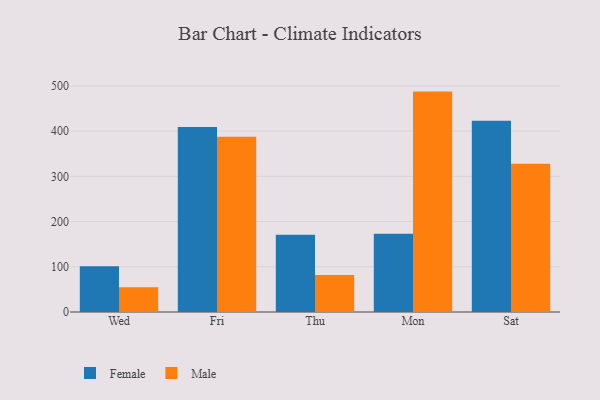
{"axis": {"x": "Day", "y": "Production Output"}, "legend": ["Female", "Male"], "data": [{"x": "Wed", "y": 100.9, "type": "Female"}, {"x": "Wed", "y": 54.6, "type": "Male"}, {"x": "Fri", "y": 409.0, "type": "Female"}, {"x": "Fri", "y": 387.7, "type": "Male"}, {"x": "Thu", "y": 170.8, "type": "Female"}, {"x": "Thu", "y": 81.9, "type": "Male"}, {"x": "Mon", "y": 172.9, "type": "Female"}, {"x": "Mon", "y": 487.4, "type": "Male"}, {"x": "Sat", "y": 423.2, "type": "Female"}, {"x": "Sat", "y": 328.1, "type": "Male"}]}